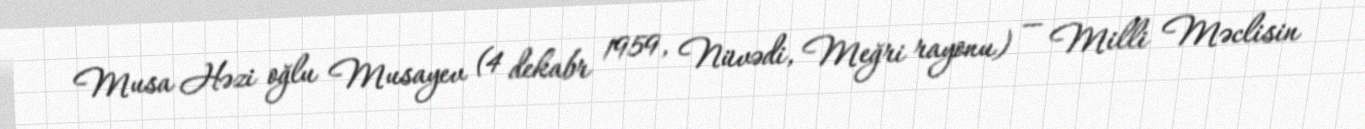
Musa Həzi oğlu Musayev (4 dekabr 1959, Nüvədi, Meğri rayonu) — Milli Məclisin